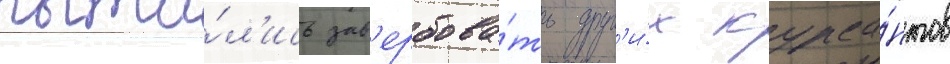
пыта́л'ись зав'ербова́ть друг'и́х курса́нтов